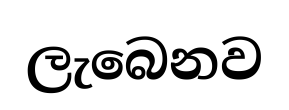
ලැබෙනව